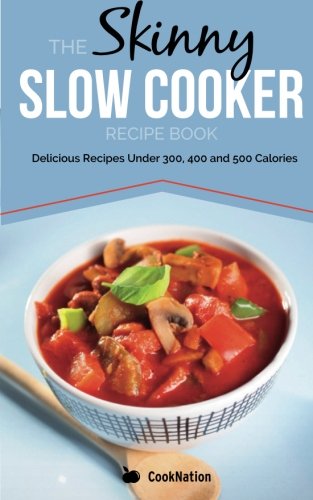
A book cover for The Skinny Slow Cooker Recipe Book: Delicious Recipes Under 300, 400 And 500 Calories (Cooknation) (Volume 1); CookNation; Cookbooks, Food & Wine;